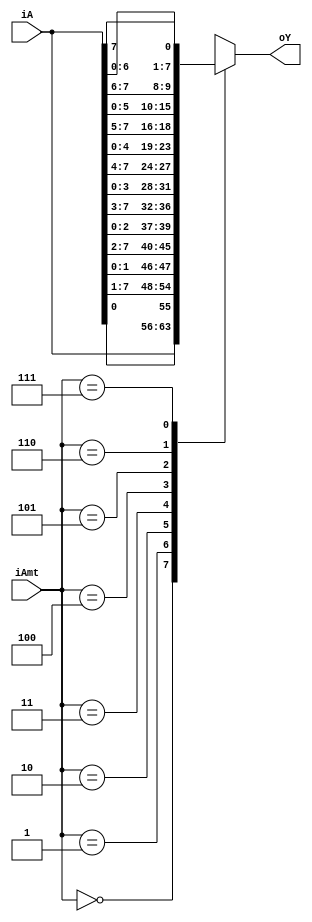
module bsr_parl
	#(
		parameter N = 8,
		parameter W = $clog2(N)
	)
	(
		input wire [N-1:0] iA,
		input wire [W-1:0] iAmt,
		output wire [N-1:0] oY
	);

	wire [N-1:0] mux_in [N-1:0];

	generate
		genvar i;
		for (i = 0; i < N; i = i + 1) begin: gen
			assign mux_in[i] = {iA[i:0], iA[N-1:i]};
		end
	endgenerate

	assign oY = mux_in[iAmt];

endmodule